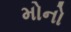
મોનો